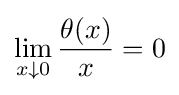
\lim _{x\downarrow 0}{\frac {\theta (x)}{x}}=0